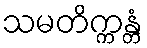
သမတိက္ကန္တံ